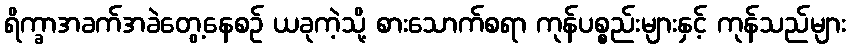
ရိက္ခာအခက်အခဲတွေ့နေစဉ် ယခုကဲ့သို့ စားသောက်စရာ ကုန်ပစ္စည်းများနှင့် ကုန်သည်များ